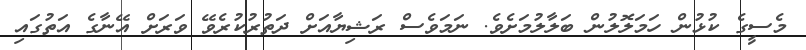
މެސީގެ ކުޅުން ހަމަލޮލުން ބަލާލުމަށެވެ. ނަމަވެސް ރަޝިޔާއަށް ދަތުރުކުރެވޭ ވަރަށް އޭނާގެ އަތުގައި